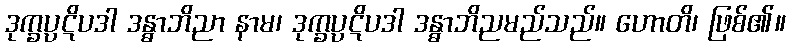
ဒုက္ခပ္ပဋိပဒါ ဒန္ဓာဘိညာ နာမ၊ ဒုက္ခပ္ပဋိပဒါ ဒန္ဓာဘိညမည်သည်။ ဟောတိ၊ ဖြစ်၏။